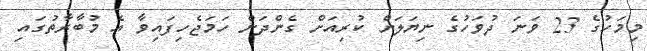
މިމަހުގެ 23 ވަނަ ދުވަހުގެ ނިޔަލަށް ކުރިއަށް ގެންދަން ހަމަޖެހިފައިވާ އެ މުބާރާތުގައި